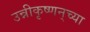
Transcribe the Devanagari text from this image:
उन्नीकृष्णन्‌च्या